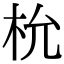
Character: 㭇